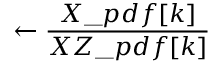
\leftarrow \frac { X \_ p d f [ k ] } { X Z \_ p d f [ k ] }